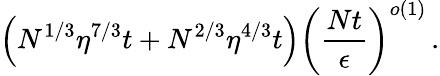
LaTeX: \left(N^{1/3}\eta^{7/3}t+N^{2/3}\eta^{4/3}t\right)\left(\frac{Nt}{\epsilon}\right)^{o\left(1\right)}\, .